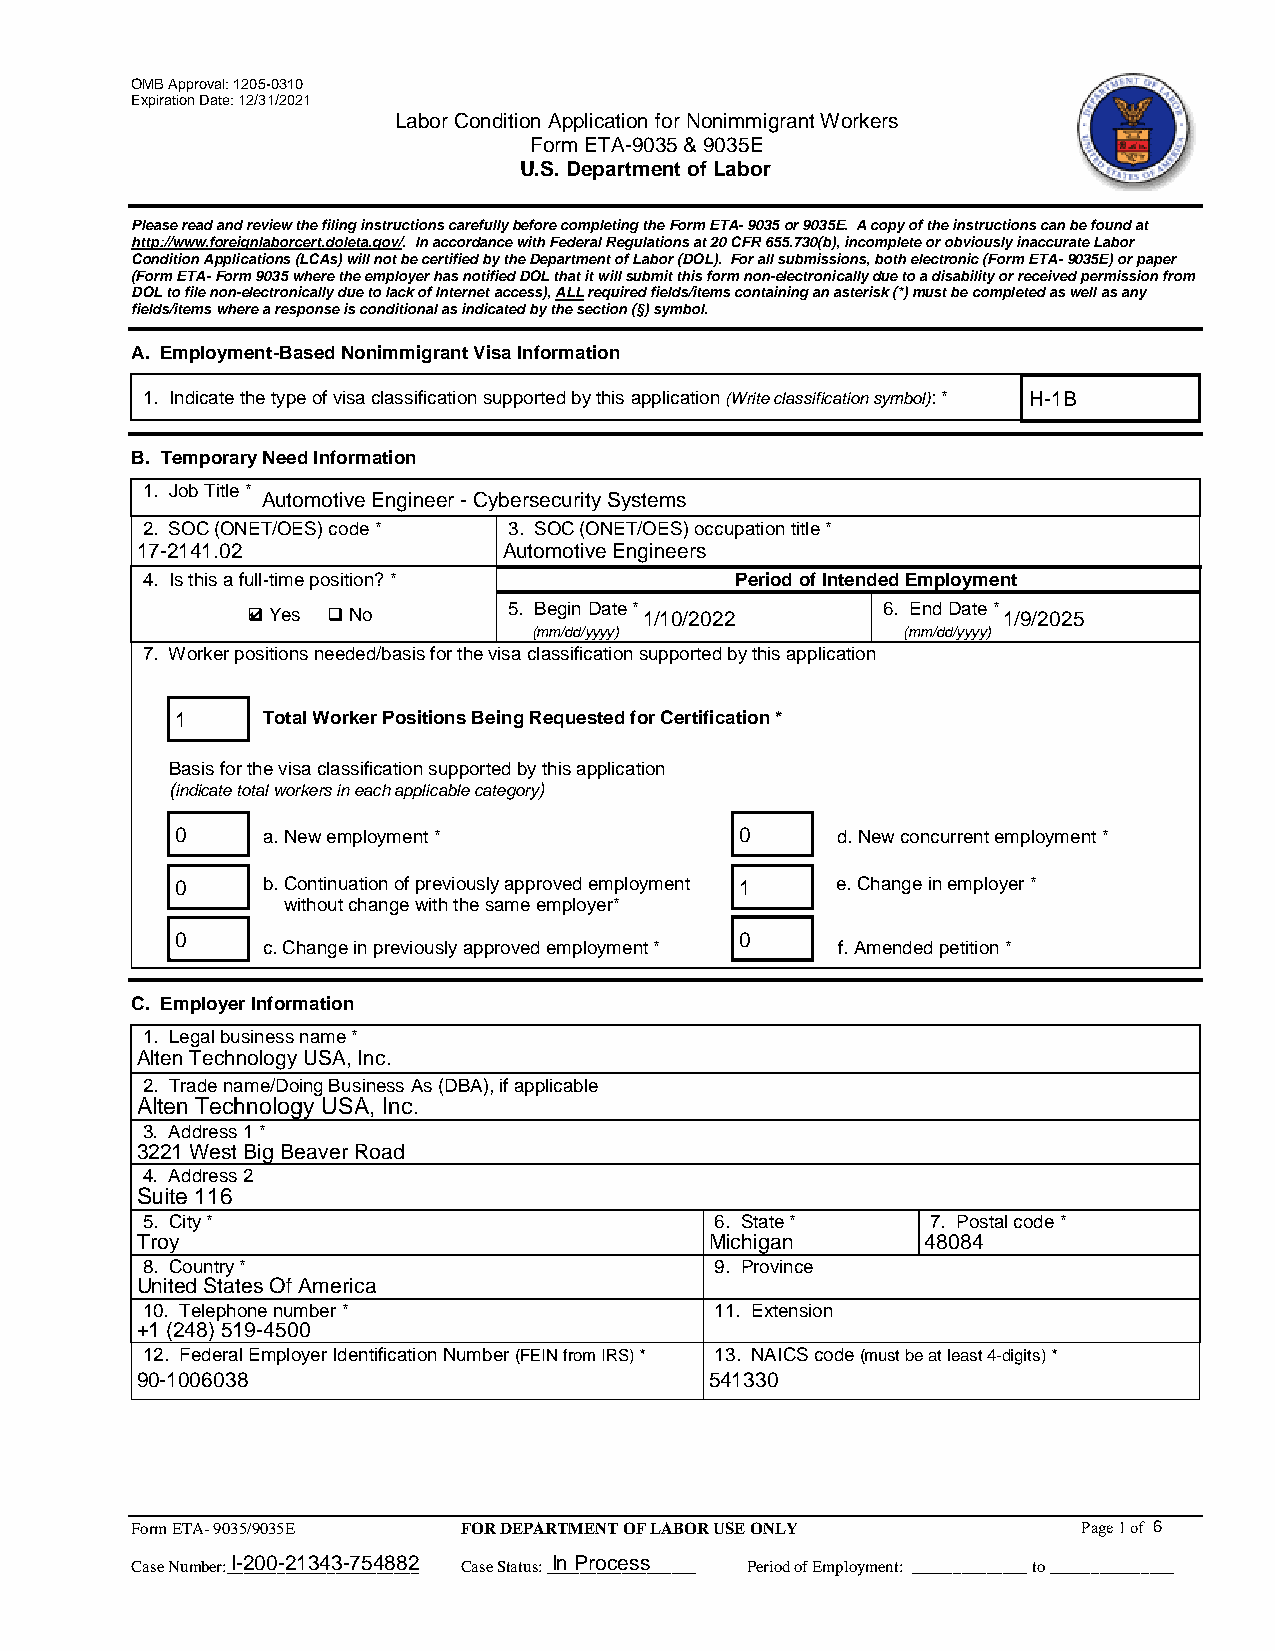
OMB Approval: 1205-0310
 Expiration Date: 12/31/2021
 Labor Condition Application for Nonimmigrant Workers
 Form ETA-9035 & 9035E
 U.S. Department of Labor
 Please read and review the filing instructions carefully before completing the Form ETA- 9035 or 9035E. A copy of the instructions can be found at
 http://www.foreignlaborcert.doleta.gov/. In accordance with Federal Regulations at 20 CFR 655.730(b), incomplete or obviously inaccurate Labor
 Condition Applications (LCAs) will not be certified by the Department of Labor (DOL). For all submissions, both electronic (Form ETA- 9035E) or paper
 (Form ETA- Form 9035 where the employer has notified DOL that it will submit this form non-electronically due to a disability or received permission from
 DOL to file non-electronically due to lack of Internet access), ALL required fields/items containing an asterisk (*) must be completed as well as any
 fields/items where a response is conditional as indicated by the section (§) symbol.
 A. Employment-Based Nonimmigrant Visa Information
 1. Indicate the type of visa classification supported by this application (Write classification symbol): * H-1B
 B. Temporary Need Information
 1. Job Title *
 Automotive Engineer - Cybersecurity Systems
 2. SOC (ONET/OES) code * 3. SOC (ONET/OES) occupation title *
 17-2141.02              Automotive Engineers
 4. Is this a full-time position? *      Period of Intended Employment
 4 Yes  No       5. Begin Date * 1/10/2022 6. End Date * 1/9/2025
 (mm/dd/yyyy)             (mm/dd/yyyy)
 7. Worker positions needed/basis for the visa classification supported by this application
 1    Total Worker Positions Being Requested for Certification *
 Basis for the visa classification supported by this application
 (indicate total workers in each applicable category)
 0    a.New employment *              0     d.New concurrent employment *
 0    b.Continuation of previously approved employment 1 e.Change in employer *
 without change with the same employer*
 0                                    0
 c.Change in previously approved employment * f.Amended petition *
 C. Employer Information
 1. Legal business name *
 Alten Technology USA, Inc.
 2. Trade name/Doing Business As (DBA), if applicable
 Alten Technology USA, Inc.
 3. Address 1 *
 3221 West Big Beaver Road
 4. Address 2
 Suite 116
 5. City *                             6. State *     7. Postal code *
 Troy                                  Michigan      48084
 8. Country *                          9. Province
 United States Of America
 10. Telephone number *                11. Extension
 +1 (248) 519-4500
 12. Federal Employer Identification Number (FEIN from IRS) * 13. NAICS code (must be at least 4-digits) *
 90-1006038                            541330
 Form ETA- 9035/9035E FOR DEPARTMENT OF LABOR USE ONLY          Page 1 of 6
 I-200-21343-754882    In Process
 Case Number:_______________________ Case Status: __________________ Period of Employment: ______________ to _______________